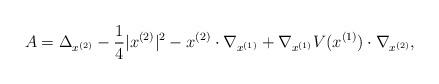
LaTeX: \begin{align*}A=\Delta_{x^{(2)}} - \frac{1}{4}|x^{(2)}|^2 - x^{(2)}\cdot\nabla_{x^{(1)}} + \nabla_{x^{(1)}}V(x^{(1)})\cdot\nabla_{x^{(2)}},\end{align*}